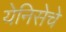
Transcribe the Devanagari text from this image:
येनिसेचे